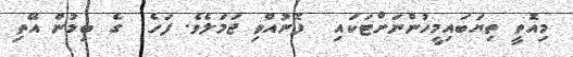
މިއޮތީ ތިޔަބައިމީހުންނަށްޓަކައި  ފޮނުއްވި ޖަމަލެެވެ. ފަހެ  ގެ ބިމުން އޭތި